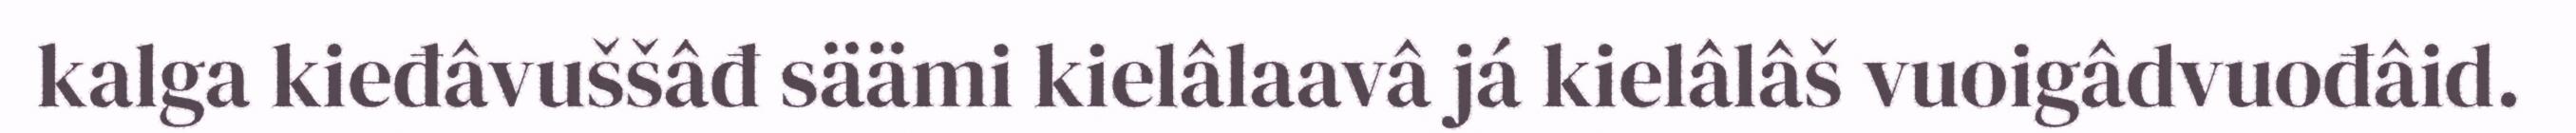
kalga kieđâvuššâđ säämi kielâlaavâ já kielâlâš vuoigâdvuođâid.